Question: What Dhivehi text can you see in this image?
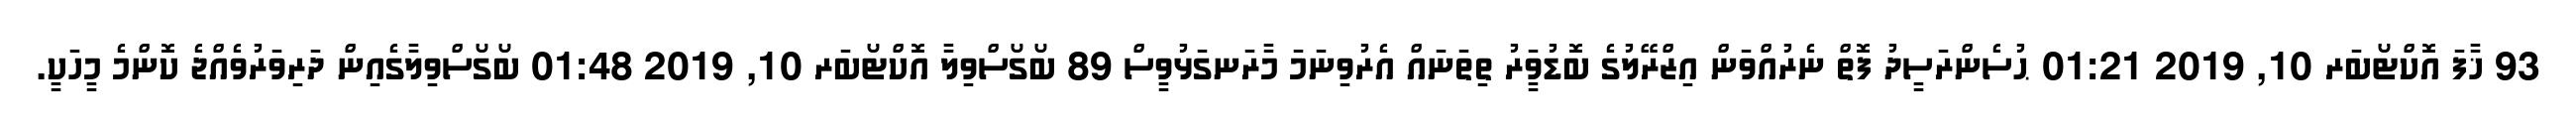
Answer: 93 ޚާފަ އޮކްޓޯބަރ 10, 2019 01:21 ޙުސެންރަސީދު ފޮތް ނެރުއްވަން އިޒްރޭލުގެ ބޮޑުވަީރު ތިތަނައް އެރުވިނަމަ މާރަނގަޅުވީސް 89 ބޯގޯސްވިލާ އޮކްޓޯބަރ 10, 2019 01:48 ބޯގޯސްވިލާގެއިން ދަރިވަރުވެއްޖެ ކޮންމެ މީހަކީ.